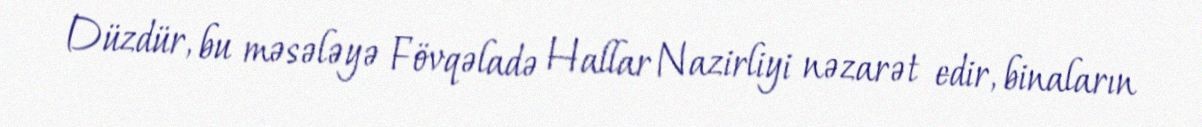
Düzdür, bu məsələyə Fövqəladə Hallar Nazirliyi nəzarət edir, binaların